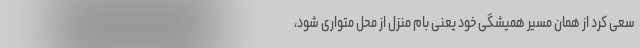
سعی کرد از همان مسیر همیشگی خود یعنی بام منزل از محل متواری شود،